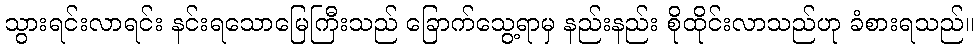
သွားရင်းလာရင်း နင်းရသောမြေကြီးသည် ခြောက်သွေ့ရာမှ နည်းနည်း စိုထိုင်းလာသည်ဟု ခံစားရသည်။